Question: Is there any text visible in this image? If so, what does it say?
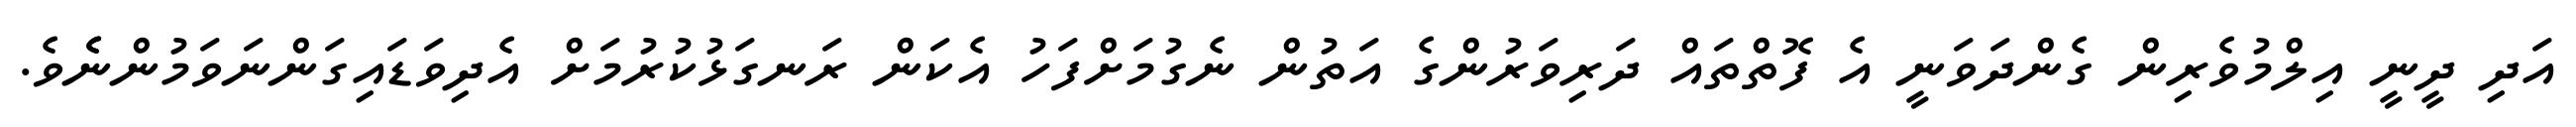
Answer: އަދި ދީނީ އިލްމުވެރިން ގެންދަވަނީ އެ ފޮތްތައް ދަރިވަރުންގެ އަތުން ނެގުމަށްފަހު އެކަން ރަނގަޅުކުރުމަށް އެދިވަޑައިގަންނަވަމުންނެެވެ.